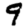
Digit: 9